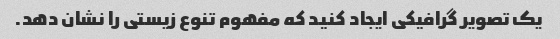
یک تصویر گرافیکی ایجاد کنید که مفهوم تنوع زیستی را نشان دهد.